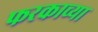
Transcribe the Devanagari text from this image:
फरकाच्या